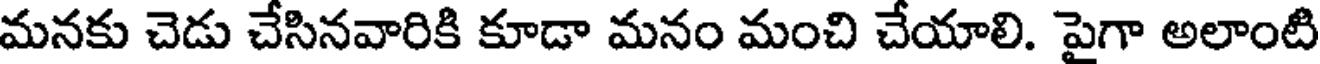
మనకు చెడు చేసినవారికి కూడా మనం మంచి చేయాలి. పైగా అలాంటి